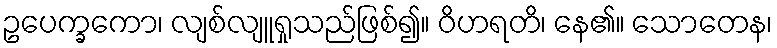
ဥပေက္ခကော၊ လျစ်လျူရှုသည်ဖြစ်၍။ ဝိဟရတိ၊ နေ၏။ သောတေန၊